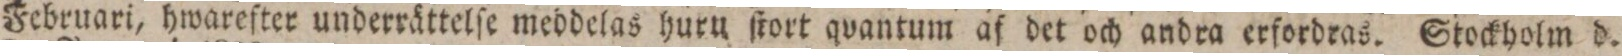
Februari, hwareſter underrättelſe meddelas huru ſtort qvantum af det och andra erfordras. Stockholm d.